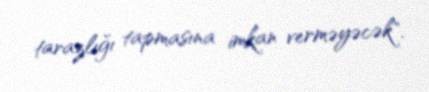
tarazlığı tapmasına imkan verməyəcək".